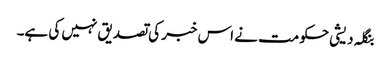
بنگلہ دیشی حکومت نے اس خبر کی تصدیق نہیں کی ہے۔